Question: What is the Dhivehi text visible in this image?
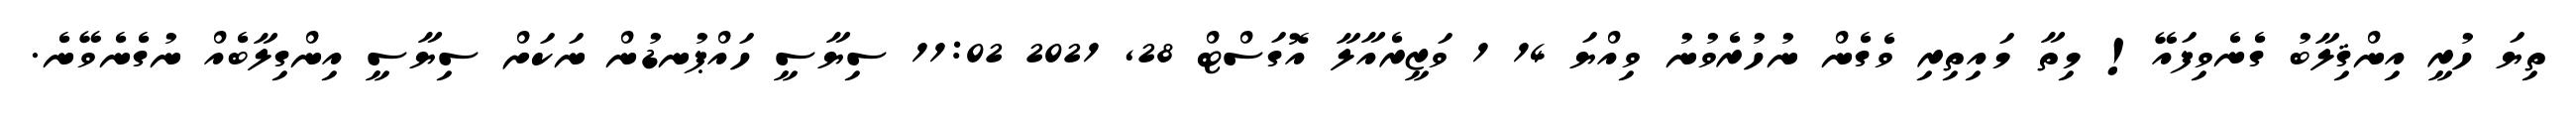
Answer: ތިޔަ ހުރީ އިންޤިލާބު ގެނެވިފައޭ! މިތާ މައިތިރި ވެގެން ނުހުރެވުނު ވިއްޔަ 14 1 ވަޒީރެއާލާ އޮގަސްޓް 28, 2021 11:02 ސިޔާސީ ހައްޕުނޑުން ނަކަށް ސިޔާސީ އިންގިލާބެއް ނުގެނެވޭނެ.